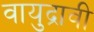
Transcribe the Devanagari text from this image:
वायुद्रावी